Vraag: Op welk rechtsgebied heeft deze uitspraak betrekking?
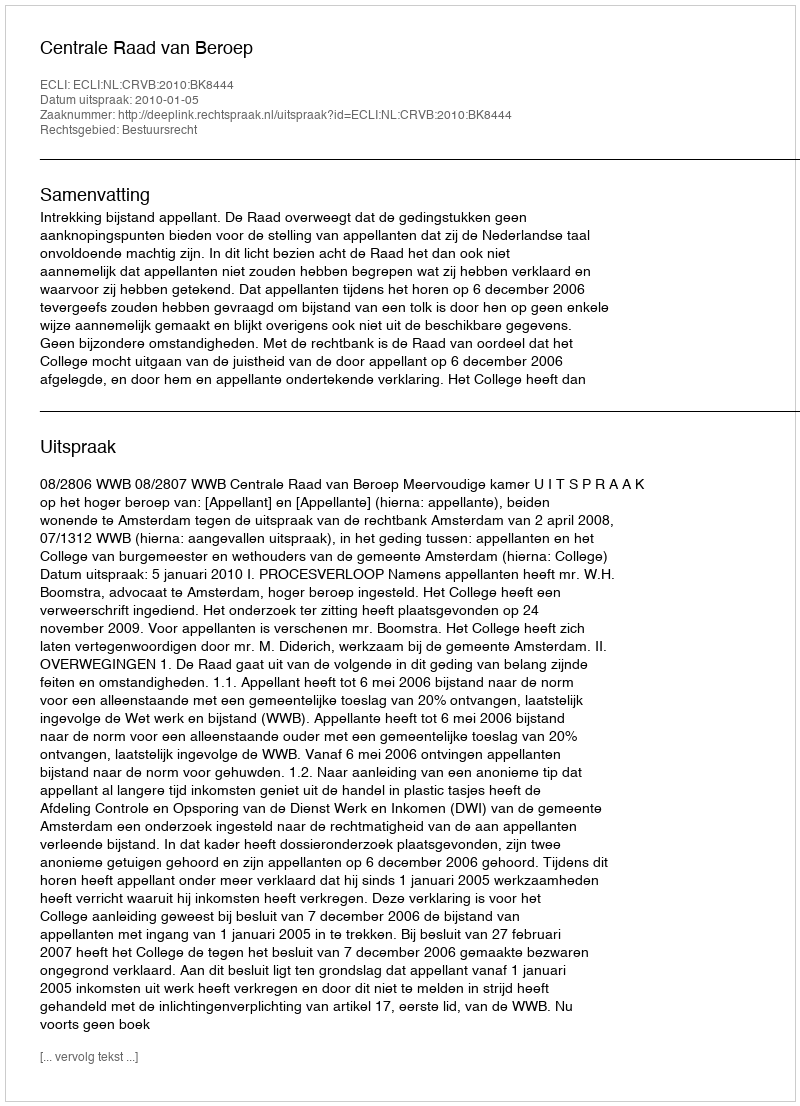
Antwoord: Bestuursrecht